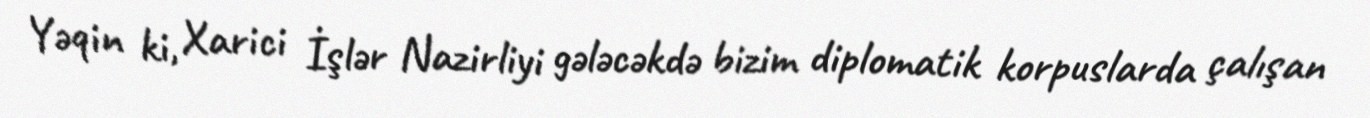
Yəqin ki, Xarici İşlər Nazirliyi gələcəkdə bizim diplomatik korpuslarda çalışan